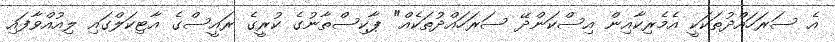
އެ ސަރަހައްދުތަކަކީ އެމެރިކާއިން އިސްކަންދޭ ސަރަހައްދުތަކެއް" ޕާކިސްތާނުގެ ކުރީގެ ރައީސްގެ އާޓިކަލްގައި ލިއުއްވާފައި